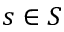
s \in S